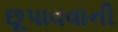
છૂપાવવાની